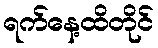
ရက်နေ့ထိတိုင်